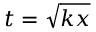
t = { \sqrt { k x } }